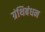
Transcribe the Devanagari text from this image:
ग्रंथिबंधन